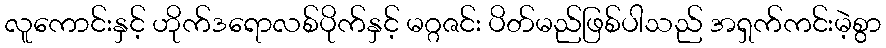
လူကောင်းနှင့် ဟိုက်ဒရောလစ်ပိုက်နှင့် မဂ္ဂဇင်း ပိတ်မည်ဖြစ်ပါသည် အရှက်ကင်းမဲ့စွာ